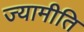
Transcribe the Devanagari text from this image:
ज्यामीति